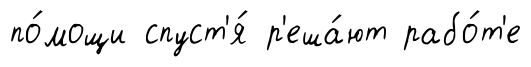
по́мощи спуст'я́ р'еша́ют рабо́т'е